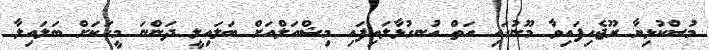
މުސްކުޅިޔާ ރޫޖެހިފައިވާ މޫނުގައި އަތް އުނގުޅާލައިފައި މިޝްއަލްއަށް ބަލައިލީ ދަންނަ މީހަކަށް ބަލައިލާ